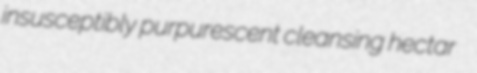
insusceptibly purpurescent cleansing hectar